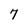
Character: 7